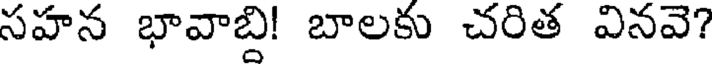
సహన భావాబ్ది! బాలకు చరిత వినవె?